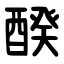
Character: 䤆